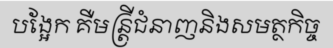
បង្អែក គឺមន្ត្រីជំនាញនិងសមត្ថកិច្ច